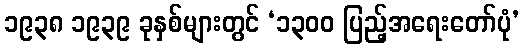
၁၉၃၈ ၁၉၃၉ ခုနှစ်များတွင် ‘၁၃၀၀ ပြည့်အရေးတော်ပုံ’